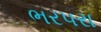
ભરપરા